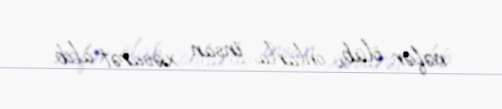
nəfər ölüb, onlarla insan xəsarət alıb.